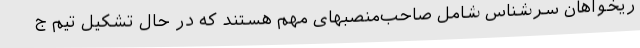
ریخواهان سرشناس شامل صاحب‌منصبهای مهم هستند که در حال تشکیل تیم ج